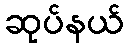
ဆုပ်နယ်